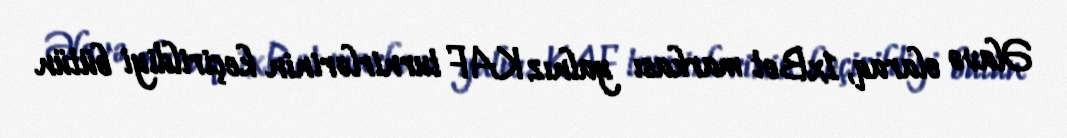
Əlavə olaraq, 1xBet markası yalnız KAF turnirlərinin keçirildiyi bütün